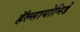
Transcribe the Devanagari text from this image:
हॅल्सायोनिडे